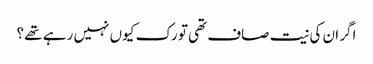
اگر ان کی نیت صاف تھی تو رک کیوں نہیں رہے تھے ؟